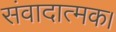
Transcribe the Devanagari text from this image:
संवादात्मक।